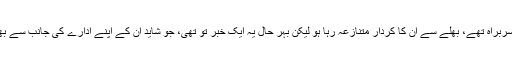
وہ پاکستان بحریہ کے سربراہ تھے، بھلے سے ان کا کردار متنازعہ رہا ہو لیکن بہر حال یہ ایک خبر تو تھی، جو شاید ان کے اپنے ادارے کی جانب سے بھی جاری نہیں کی گئی۔